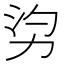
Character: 𠡑